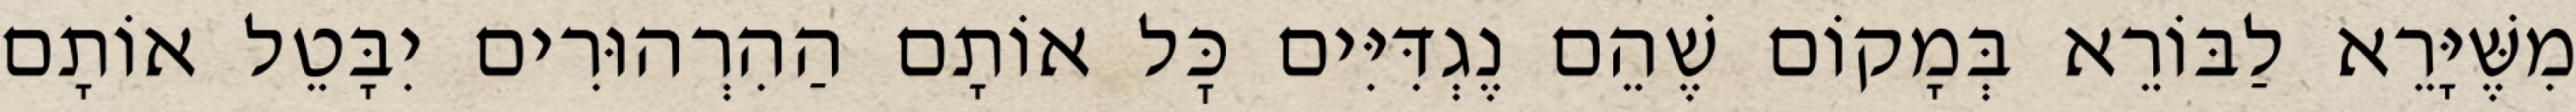
מִשֶּׁיָּרֵא לַבּוֹרֵא בְּמָקוֹם שֶׁהֵם נֶגְדִּיִּים כׇּל אוֹתָם הַהִרְהוּרִים יִבָּטֵל אוֹתָם